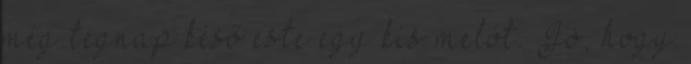
még tegnap késő este egy kis melót. Jó, hogy